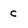
Character: c